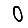
Digit: 0